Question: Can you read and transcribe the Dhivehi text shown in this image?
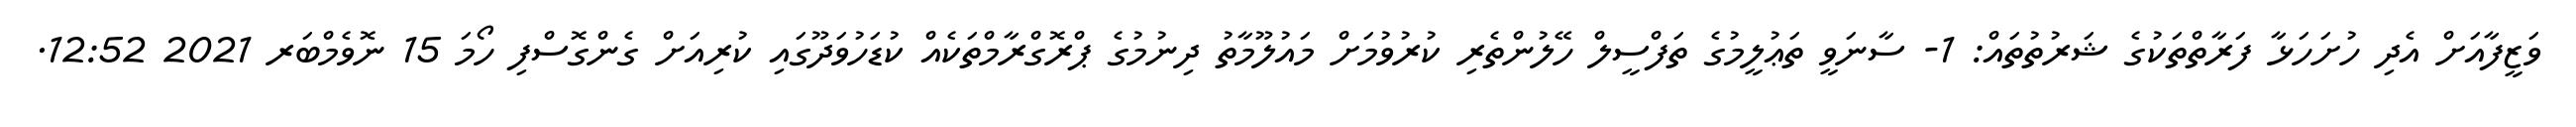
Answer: ވަޒީފާއަށް އެދި ހުށަހަޅާ ފަރާތްތަކުގެ ޝަރުތުތައް: 1- ސާނަވީ ތަޢުލީމުގެ ތަފްސީލް ހޭލުންތެރި ކުރުވުމަށް މައުލޫމާތު ދިނުމުގެ ޕްރޮގްރާމްތަކެއް ކުޑަހުވަދޫގައި ކުރިއަށް ގެންގޮސްފި ހޯމަ 15 ނޮވެމްބަރ 2021 12:52.